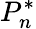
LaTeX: P_{n}^{\ast}